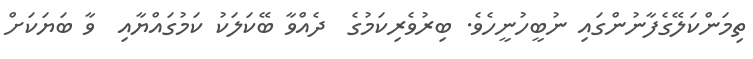
ތިމަންކަލޭގެފާނުންގައި ނުބީހުނީހެވެ. ބިރުވެރިކަމުގެ  ދެއްވާ ބޭކަލަކު ކަމުގައްޔާއި  ވާ ބަޔަކަށް